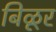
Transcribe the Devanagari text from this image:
बिळूर